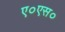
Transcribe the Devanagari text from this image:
ए०एस०